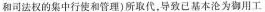
和司法权的集中行使和管理)所取代，导致已基本沦为御用工